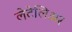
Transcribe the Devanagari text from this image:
लेटेलिअर